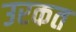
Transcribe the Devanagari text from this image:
उरकत